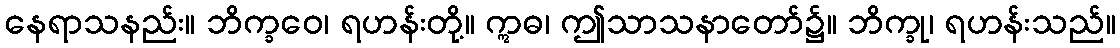
နေရာသနည်း။ ဘိက္ခဝေ၊ ရဟန်းတို့။ ဣဓ၊ ဤသာသနာတော်၌။ ဘိက္ခု၊ ရဟန်းသည်။